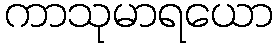
ကာသုမာရယော